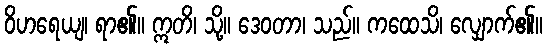
ဝိဟရေယျ၊ ရာ၏။ ဣတိ၊ သို့။ ဒေဝတာ၊ သည်။ ကထေသိ၊ လျှောက်၏။